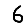
Digit: 6